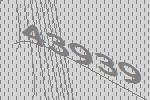
43939